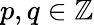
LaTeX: p,q\in\mathbb{Z}